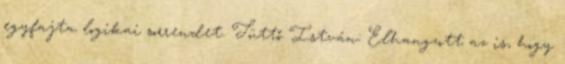
egyfajta logikai sorrendet. Tüttő István: Elhangzott az is, hogy